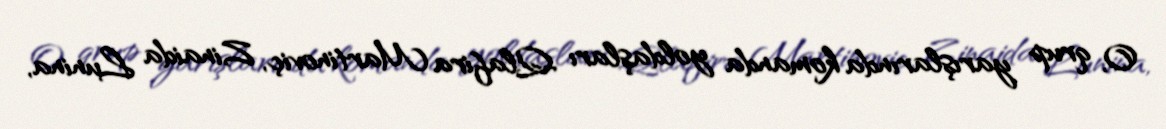
O, qrup yarışlarında komanda yoldaşları Qlafira Martinoviç, Zinaida Lunina,